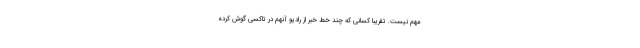
مهم نیست. تقریبا کسانی که چند خط خبر از رادیو آنهم در تاکسی گوش کرده